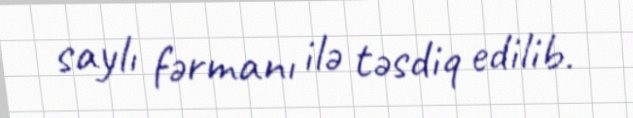
saylı fərmanı ilə təsdiq edilib.